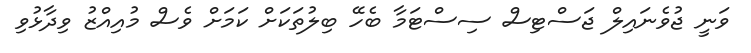
ވަނީ ޖުވެނައިލް ޖަސްޓިސް ސިސްޓަމާ ބެހޭ ބިލުތަކަށް ކަމަށް ވެސް މުއިއްޒު ވިދާޅުވި